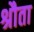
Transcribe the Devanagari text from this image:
श्रौता